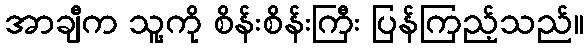
အာချီက သူ့ကို စိန်းစိန်းကြီး ပြန်ကြည့်သည်။